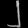
Digit: ၂